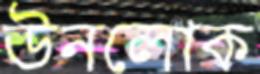
উনলোক